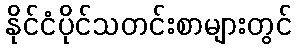
နိုင်ငံပိုင်သတင်းစာများတွင်